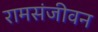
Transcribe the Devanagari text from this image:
रामसंजीवन